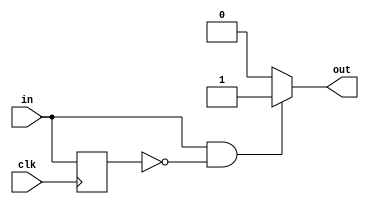
/*
   This file was generated automatically by the Mojo IDE version B1.3.6.
   Do not edit this file directly. Instead edit the original Lucid source.
   This is a temporary file and any changes made to it will be destroyed.
*/

/*
   Parameters:
     RISE = 1
     FALL = 0
*/
module edge_detector_9 (
    input clk,
    input in,
    output reg out
  );
  
  localparam RISE = 1'h1;
  localparam FALL = 1'h0;
  
  
  reg M_last_d, M_last_q = 1'h0;
  
  always @* begin
    M_last_d = M_last_q;
    
    out = 1'h0;
    M_last_d = in;
    if (1'h1) begin
      if (in == 1'h1 && M_last_q == 1'h0) begin
        out = 1'h1;
      end
    end
    if (1'h0) begin
      if (in == 1'h0 && M_last_q == 1'h1) begin
        out = 1'h1;
      end
    end
  end
  
  always @(posedge clk) begin
    M_last_q <= M_last_d;
  end
  
endmodule